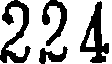
224